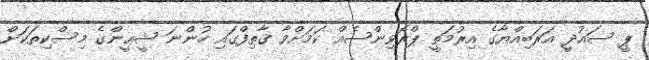
ޕީ ސައުދީ އަރަބިއްޔާގެ އިރުމަތީ ޕްރޮވިންސެއް ކަމަށްވާ ޤާތިފްގައި ހުންނަ ޝީޢީންގެ މިސްކިތަކަށް